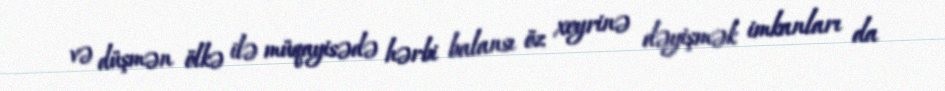
və düşmən ölkə ilə müqayisədə hərbi balansı öz xeyrinə dəyişmək imkanları da